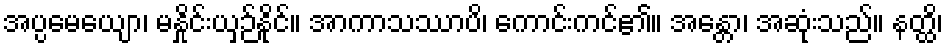
အပ္ပမေယျော၊ မနှိုင်းယှဉ်နိုင်။ အာကာသဿာပိ၊ ကောင်းကင်၏။ အန္တော၊ အဆုံးသည်။ နတ္ထိ၊